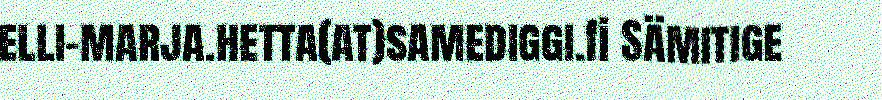
elli-marja.hetta(at)samediggi.fi Sämitige